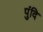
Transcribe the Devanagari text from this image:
पुंदि